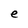
Character: e